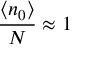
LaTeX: { \frac { \langle n _ { 0 } \rangle } { N } } \approx 1